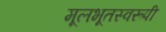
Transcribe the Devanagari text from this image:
मूलभूतस्वरूपी